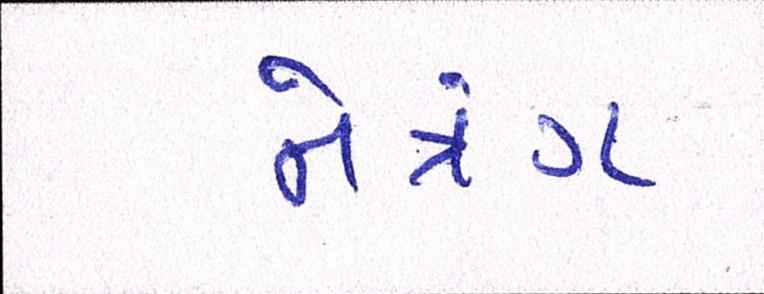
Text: નેત્રંગ